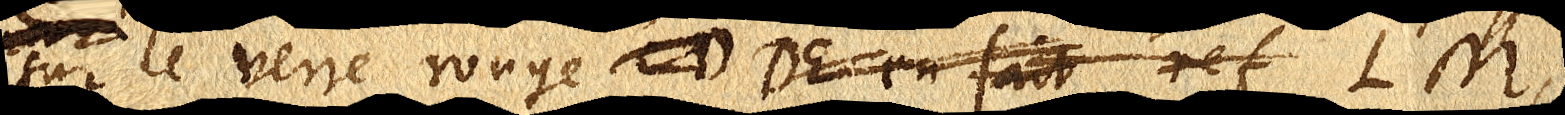
sur le verre rouge D DE. en fait ref LM,